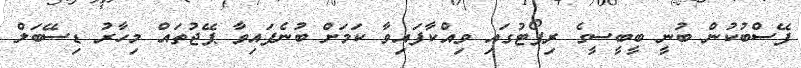
ފޭސްބުކުން ބުނީ ބީބީސީގެ ރިޕޯޓުގައި ވިއްކާފައިވާ ކަމަށް ބުނެފައިވާ ޕޭޖުތައް މިހާރު ޑިސޭބަލް